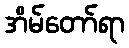
အိမ်တော်ရာ